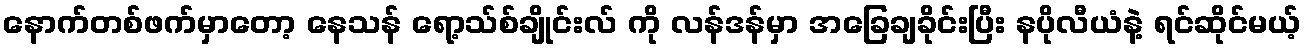
နောက်တစ်ဖက်မှာတော့ နေသန် ရော့သ်စ်ချိုင်းလ် ကို လန်ဒန်မှာ အခြေချခိုင်းပြီး နပိုလီယံနဲ့ ရင်ဆိုင်မယ့်